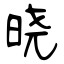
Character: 晓